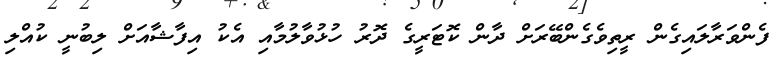
ފެންވަރާލައިގެން ރީތިވެގެންބޭރަށް ދާން ކޮޓަރީގެ ދޮރު ހުޅުވާލުމާއި އެކު އިފާޝާއަށް ލިބުނީ ކުއްލި